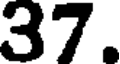
37.